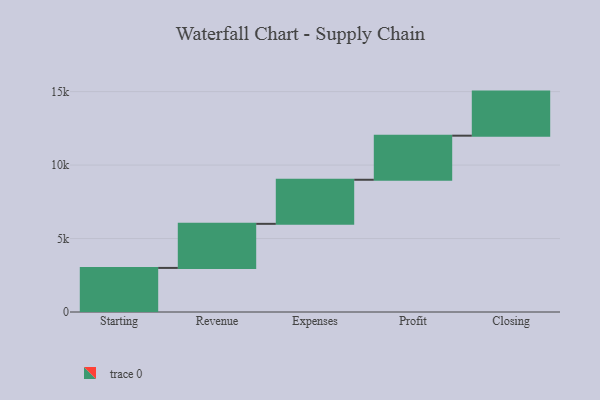
{"axis": {"x": "Step", "y": "Value"}, "legend": [""], "data": [{"x": "Starting", "y": 3000, "type": ""}, {"x": "Revenue", "y": 3000, "type": ""}, {"x": "Expenses", "y": 3000, "type": ""}, {"x": "Profit", "y": 3000, "type": ""}, {"x": "Closing", "y": 3000, "type": ""}]}